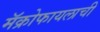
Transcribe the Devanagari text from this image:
मॅक्रोफायलाची